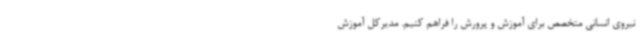
نیروی انسانی متخصص برای آموزش و پرورش را فراهم کنیم. مدیرکل آموزش